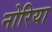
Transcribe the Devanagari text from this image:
नोरिया